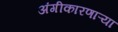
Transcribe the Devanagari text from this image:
अंगीकारणाऱ्या